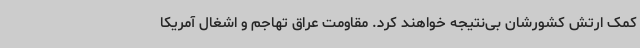
کمک ارتش کشورشان بی‌نتیجه خواهند کرد. مقاومت عراق تهاجم و اشغال آمریکا